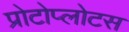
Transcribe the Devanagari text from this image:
प्रोटोप्लोटस